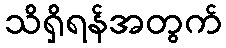
သိရှိရန်အတွက်